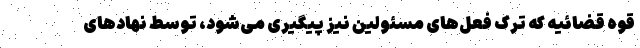
قوه قضائیه که ترک فعل‌های مسئولین نیز پیگیری می‌شود، توسط نهادهای